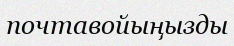
почтавойыңызды